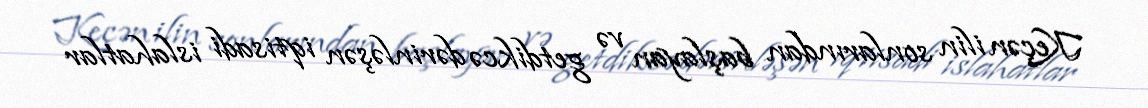
Keçən ilin sonlarından başlayan və getdikcə dərinləşən iqtisadi islahatlar